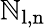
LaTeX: \mathbb{N}_{\mathrm{{l,n}}}